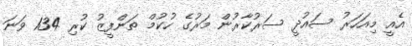
އެއީ މިއަހަރު ސައުދީ ސަރުކާރުން މަރުގެ ހުކުމް ތަންފީޒު ކުރި 134 ވަނަ